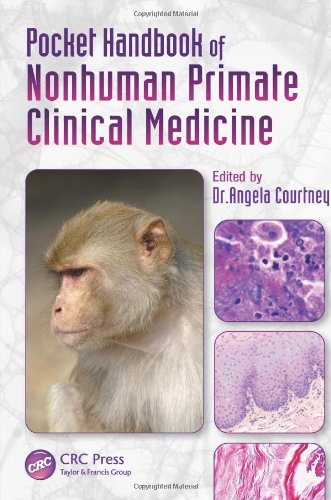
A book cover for Pocket Handbook of Nonhuman Primate Clinical Medicine; Medical Books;